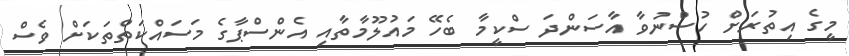
މީގެ އިތުރަށް ހުސްނުވާ އާސަންދަ ސްކީމާ ބެހޭ މައުލޫމާތާއި އެންސްޕާގެ މަސައްކަތްތަކަށް ވެސް